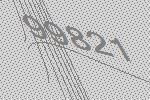
99821